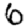
Digit: 6